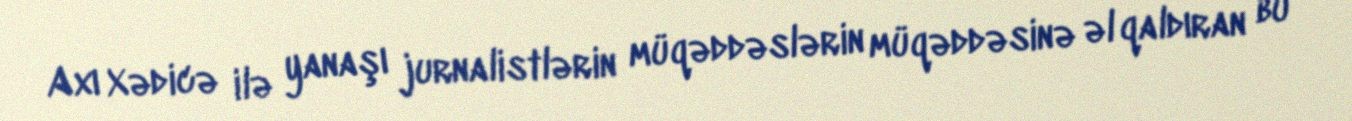
Axı Xədicə ilə yanaşı jurnalistlərin müqəddəslərin müqəddəsinə əl qaldıran bu